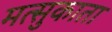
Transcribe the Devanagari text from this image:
मत्सुकाता